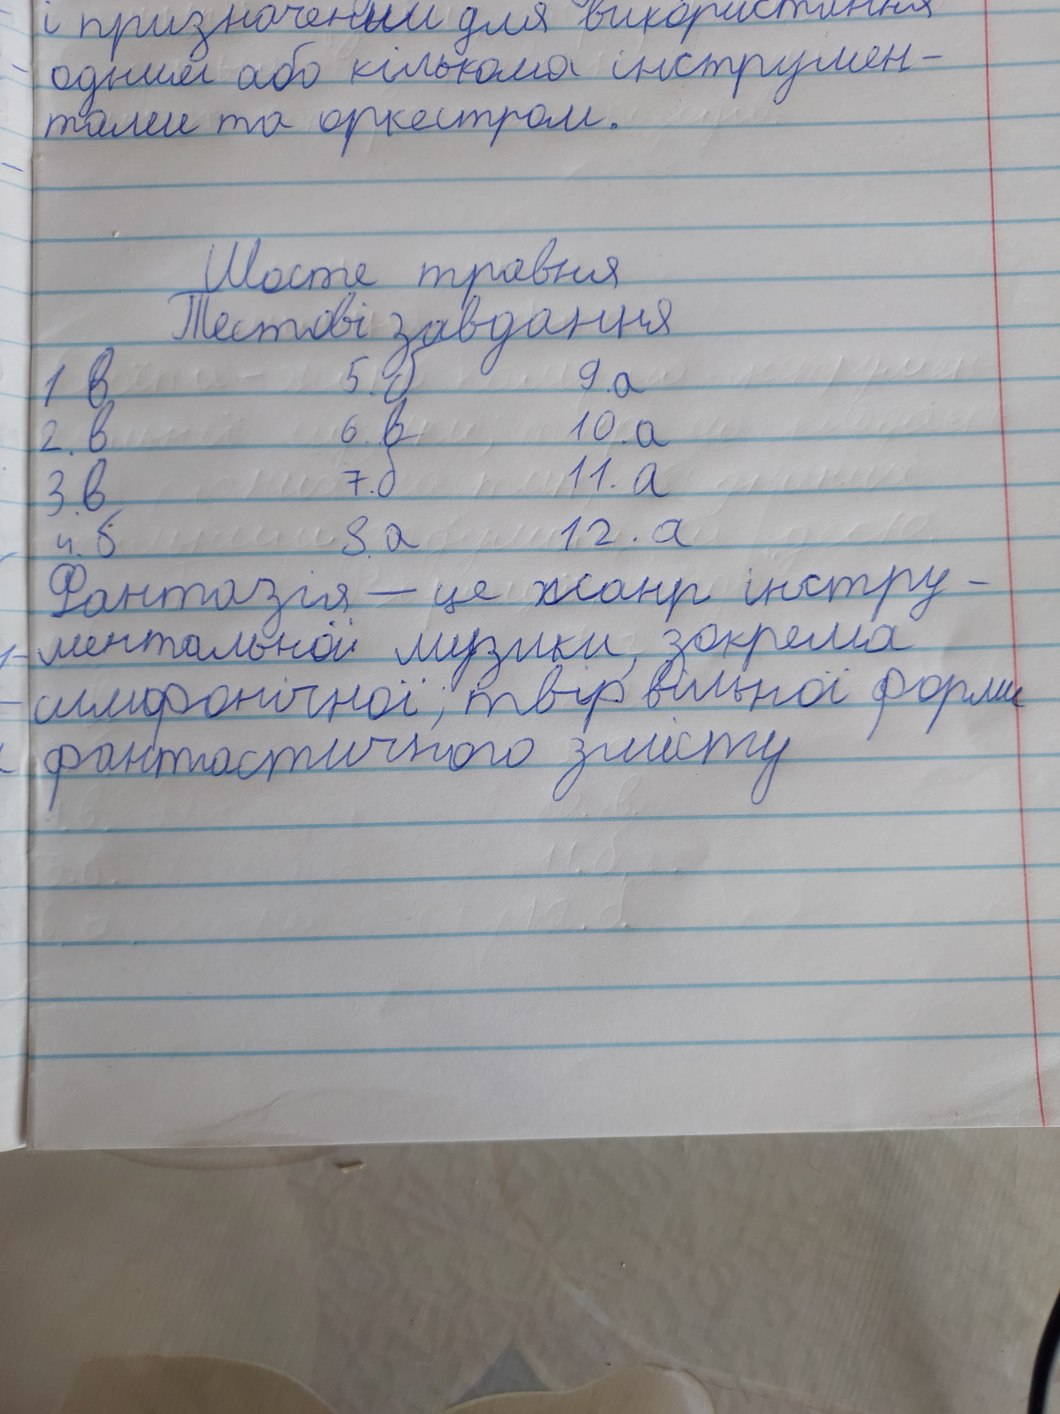
і призначеним для використання
одним або кількома інструмен-
тами та оркестром.
Шосте травня
Тестові завдання
1. в
5. б
9. а
2. в
6. в
10. а
7. б
11. а
3. в
12. а
8. а
4. б
Фантазія — це жанр інстру-
ментальної музики, зокрема
симфонічної; твір вільної форми
фантастичного змісту